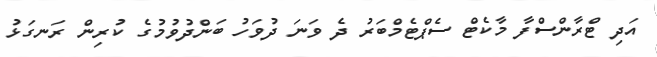
އަދި ޓްރާންސްފާ މާކެޓް ސެޕްޓެމްބަރު ދެ ވަނަ ދުވަހު ބަންދުވުމުގެ ކުރިން ރަނގަޅު